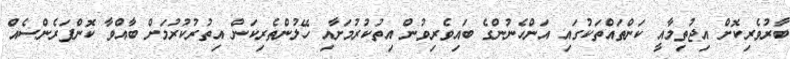
ބާރުވެރިކޮށް އިޖުތިމާއީ ކަންތައްތަކުގައި އަންހެނުންގެ ބައިވެރިވުން އިތުކުރުމަށާއި ހޭލުންތެރިކަން އިތުރުކުރުމަށް ބާއްވާ ކޮންފަރެންސެއް